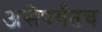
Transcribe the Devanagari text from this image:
असेपर्यंतच